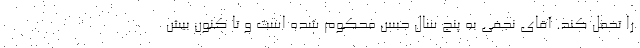
را تحمل کند. آقای نجفی به پنج سال حبس محکوم شده است و تا کنون بیش